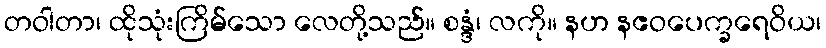
တဝါတာ၊ ထိုသုံးကြိမ်သော လေတို့သည်။ စန္ဒံ၊ လကို။ နဟ နဧဝပေက္ခရေဝိယ၊